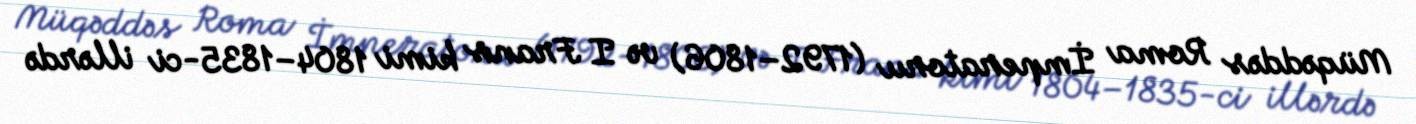
Müqəddəs Roma İmperatoru (1792–1806) və I Frans kimi 1804–1835-ci illərdə